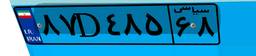
۸۷D۴۸۵۶۸